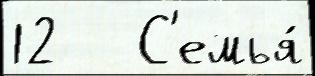
12   С'емья́